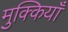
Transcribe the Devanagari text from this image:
मुक्कियाँ